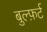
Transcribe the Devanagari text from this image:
बुल्फ़र्ट